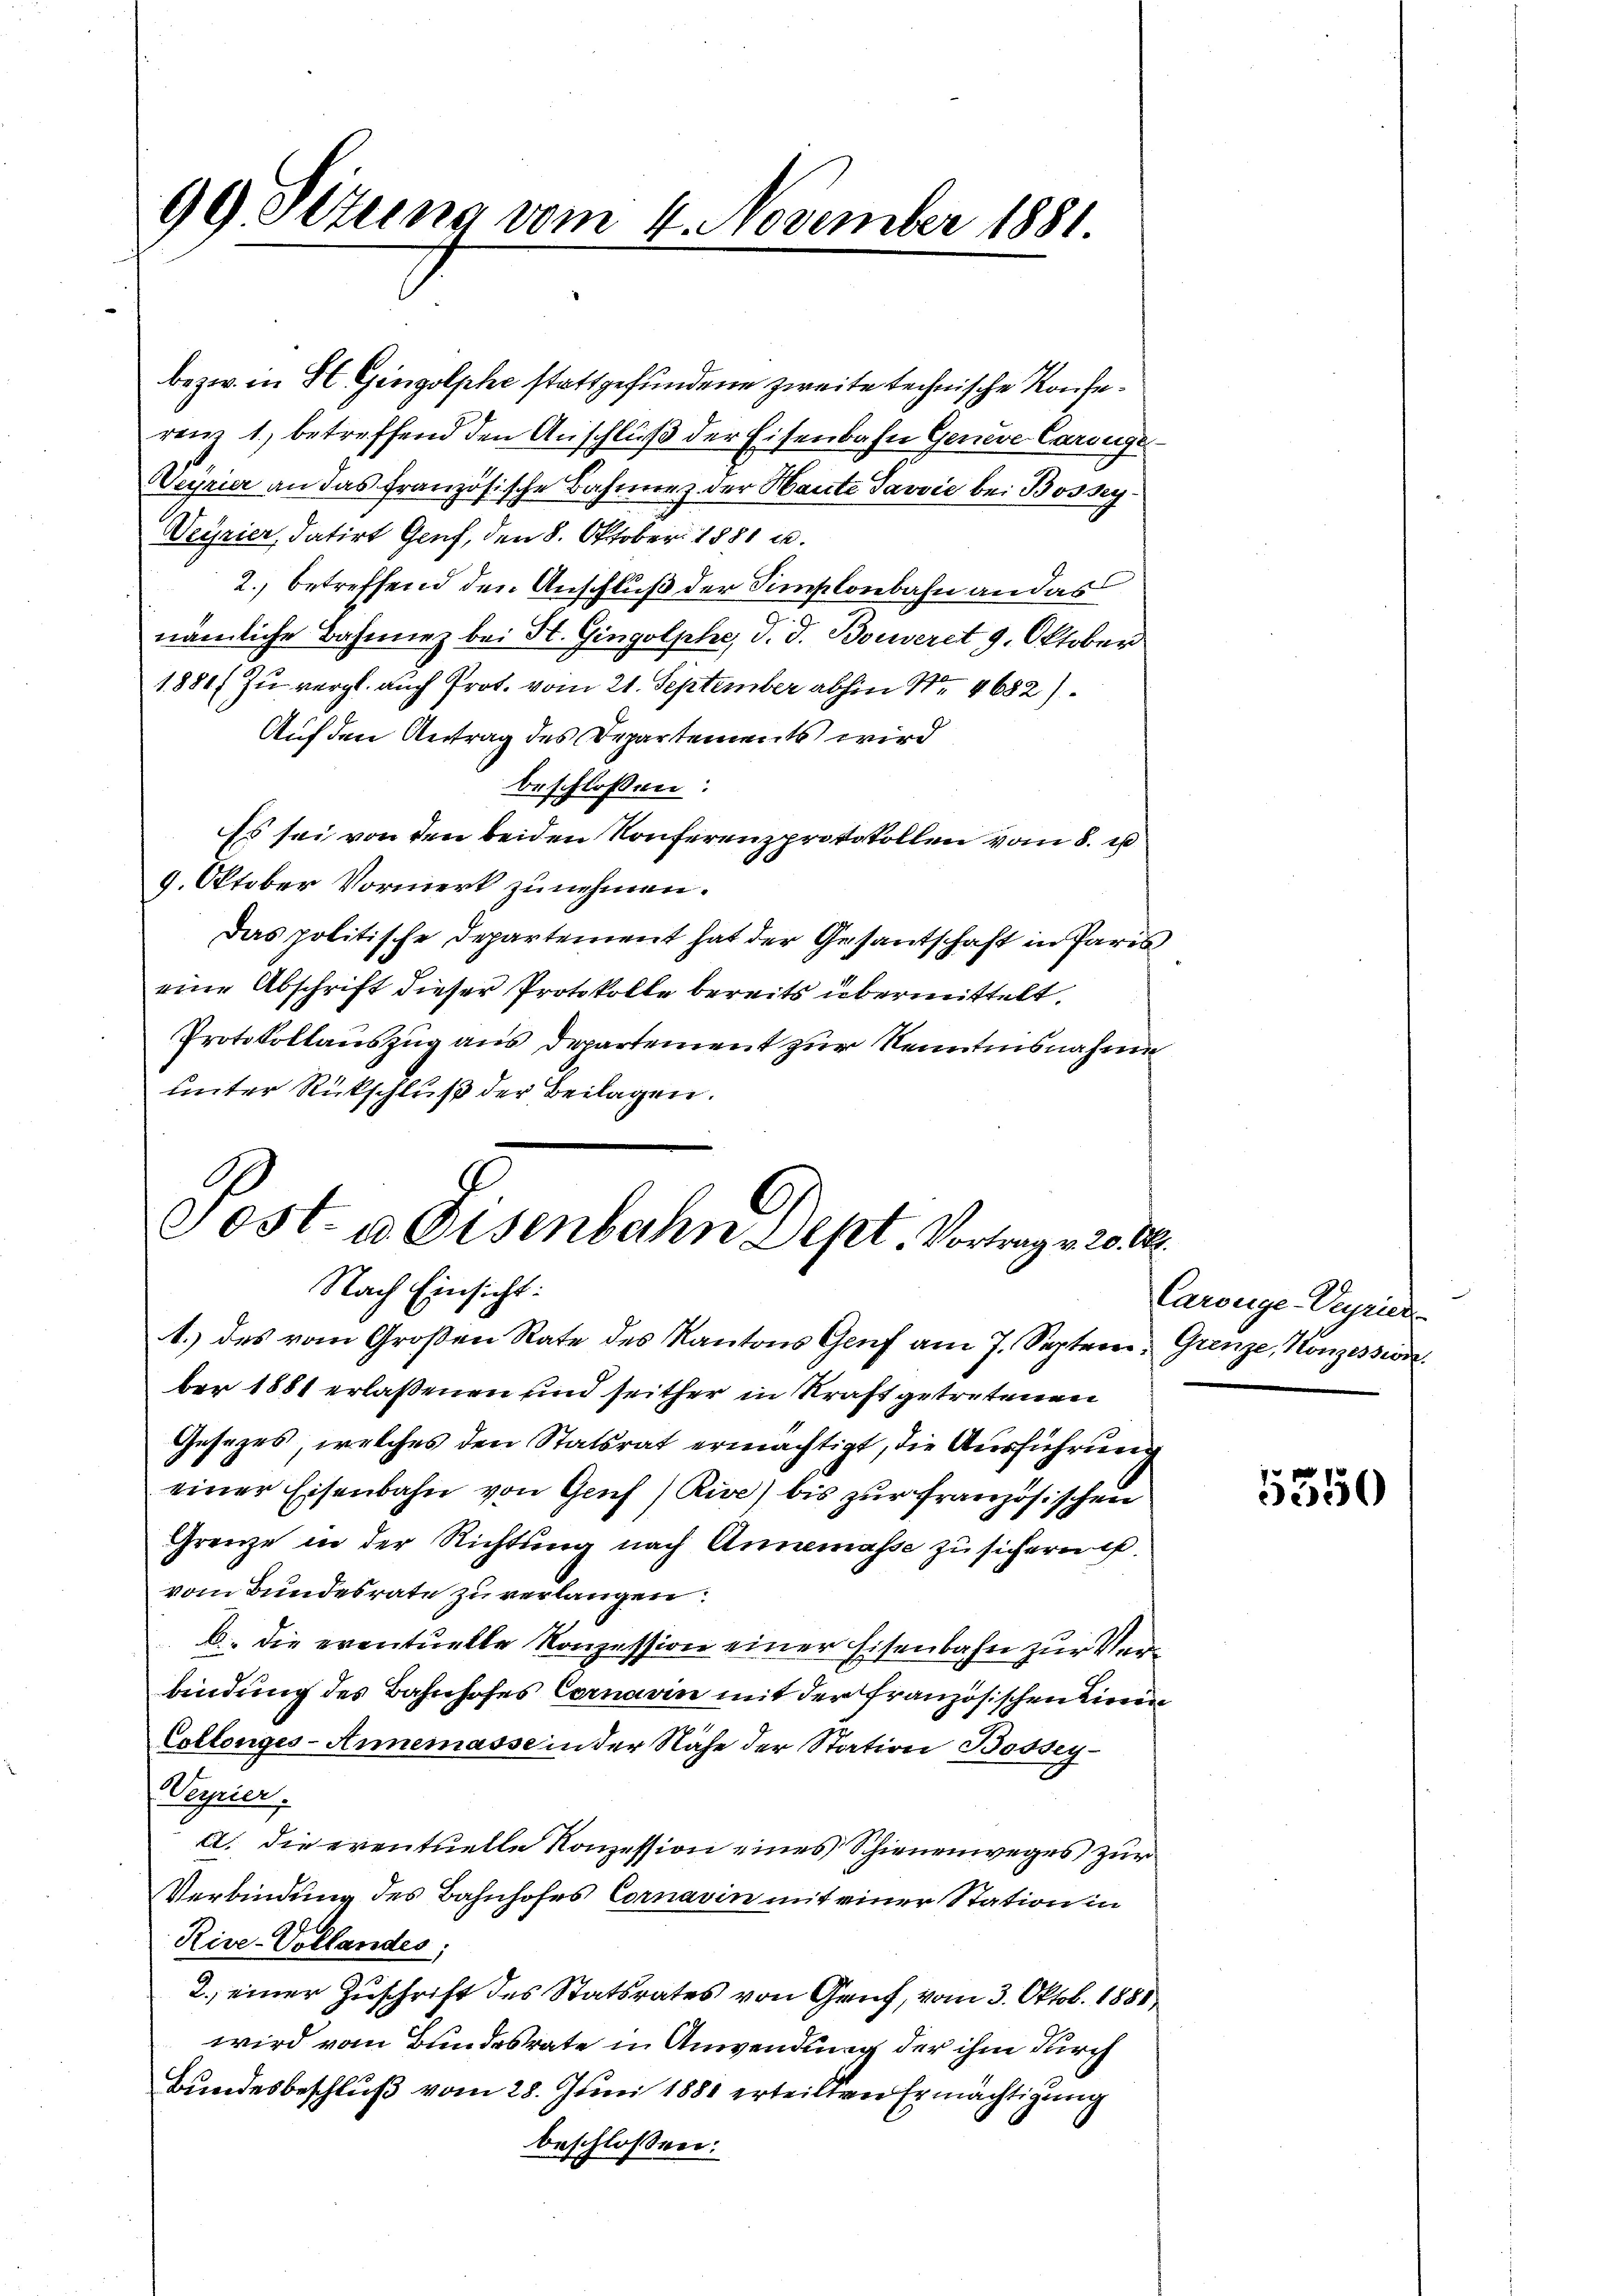
99 Situng vom 4. November 1881.

bezw. in St. Gingolphe stattgefundene zweite technische Konferen 1., betreffend den Anschluß der Eisenbahn Genere Caringe
Veyrier an das französische Bahrnenz der Haute Pavvić bei Bossey¬
Veyrier, datirt Genf, den 8. Oktober 1881 u.
2., betreffend den Anschluß der Simplonbahn an das
nämliche Bahnnez bei St. Gingolphe, d. d. Bouveret 9. Oktober
1881/ zu vergl. auch Prot. vom 21. September abhin Nr. 4682)
Auf den Antrag des Departements wird
beschlossen:
Es sei von den beiden Konferenzprotokollen vom 8. u
9. Oktober Vormerk zunehmen.
Das politische Departement hat der Gesantschaft in Paris
eine Abschrift dieser Protokolle bereits übermittelt.
Protokollauszug aus Departement zur Kenntnisnahme
unter Rückschluß der Beilagen.

Post- & Eisenbahn Dept Vortrage von
Nach Einsicht:

1.) des vom Großen Rate des Kantons Genf am 7. Septem. Grenze, Konzession
ber 1881 erlaßenen und seither in Kraft getretenen
Gesezes, welches den Statsrat ermächtigt, die Ausführung
einer Eisenbahn von Genf) Rise) bis zur französischen
Grenze in der Richtung nach Annemasse zu sichern u.
vom Bundesrate zu verlangen.
b. die eventuelle Konzession einer Eisenbahn zur Verbindung des Bahnhofes Cornarin mit der französischen Linie
Collenges-Annemasse in der Nähe der Station Bodsey-
Verrier.
A. die eventuelle Konzession eines Schienenweges zur
Verbindung des Bahnhofes Cornavin mit einer Station in
Rive-Vollandes;
2.) einer Zuschrift des Statsrates von Gruf, vom 3. Oktob. 1881
wird vom Bundesrate in Anwendung der ihm durch
Bundesbeschluß vom 28. Juni 1881 erteilten Ermächtigung
beschlossen:

.
Carouge-Verier

5350